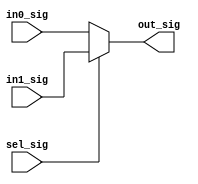
// ************************************************************
//
// Design Name: BPSK
// Module Name: mux.v
// Tool versions: VsCode
// Description: 
// Parameter:
// 1. 
// Input:
// 1. 
// Output:
// 1. 
// ************************************************************
module mux #(
    parameter WIDTH = 16
) (
    input                   sel_sig,
    input       [WIDTH-1:0] in0_sig,
    input       [WIDTH-1:0] in1_sig,
    output wire [WIDTH-1:0] out_sig
);
    assign out_sig = sel_sig ? in1_sig : in0_sig;
endmodule